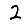
Digit: 2